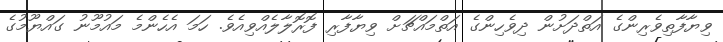
ވިޔާފާތިވެރިންގެ އަތްދަށުން ދިވެހިންގެ އަތްމައްޗަށް ވިޔާފާރި ފޮރޮލާލެއްވިއެވެ. ހަމަ އެހެންމެ މައުމޫނު ގައްޔޫމުގެ